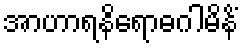
အာဟာရနိရောဓဂါမိနိံ